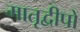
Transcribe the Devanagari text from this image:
मातृद्वीपों